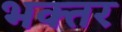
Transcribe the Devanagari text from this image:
भक्तर